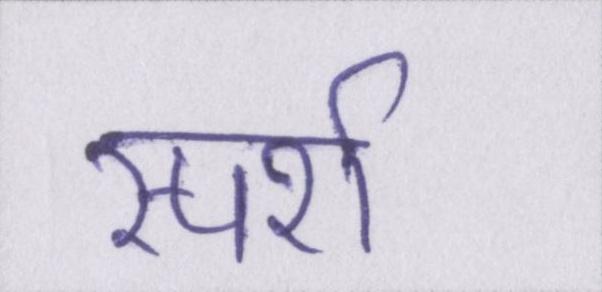
स्पर्श